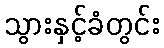
သွားနှင့်ခံတွင်း